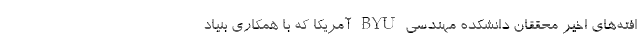
افته‌های اخیر محققان دانشکده مهندسی BYU آمریکا که با همکاری بنیاد